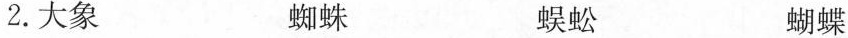
2.大象 蜘蛛 蜈蚣 蝴蝶